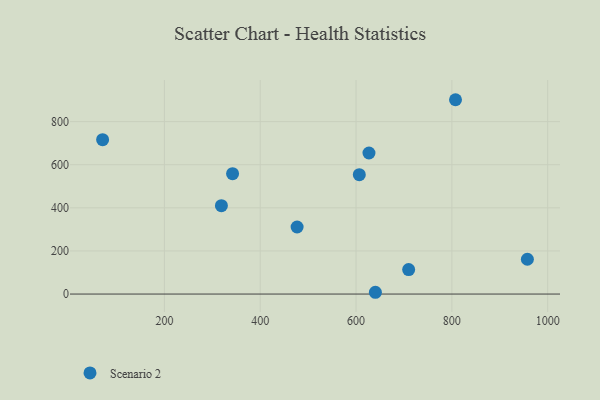
{"axis": {"x": "Price", "y": "Salary"}, "legend": ["Scenario 2"], "data": [{"x": "709.8", "y": 113.6, "type": "Scenario 2"}, {"x": "477.0", "y": 311.1, "type": "Scenario 2"}, {"x": "627.0", "y": 654.4, "type": "Scenario 2"}, {"x": "71.1", "y": 716.0, "type": "Scenario 2"}, {"x": "319.0", "y": 410.0, "type": "Scenario 2"}, {"x": "606.8", "y": 553.7, "type": "Scenario 2"}, {"x": "957.6", "y": 161.4, "type": "Scenario 2"}, {"x": "640.4", "y": 8.3, "type": "Scenario 2"}, {"x": "807.6", "y": 901.5, "type": "Scenario 2"}, {"x": "342.3", "y": 558.3, "type": "Scenario 2"}]}